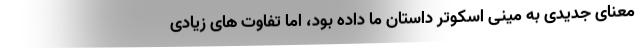
معنای جدیدی به مینی اسکوتر داستان ما داده بود، اما تفاوت های زیادی